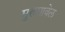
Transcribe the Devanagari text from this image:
मुरुगावेल